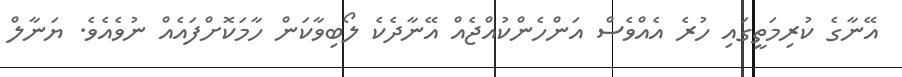
އޭނާގެ ކުރިމަތީގައި ހުރެ އެއްވެސް އަންހެންކުއްޖެއް އޭނާދެކެ ލޯބިވާކަން ހާމަކޮށްފައެއް ނުވެއެވެ. ޔަނާލް